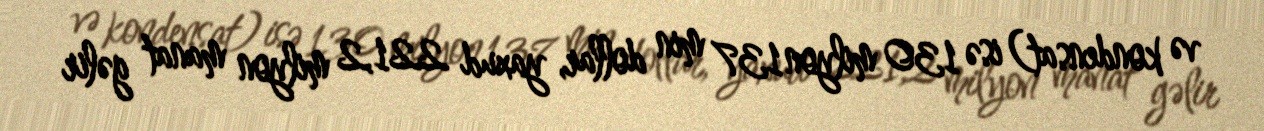
və kondensat) isə 130 milyon 137 min dollar, yaxud 221,2 milyon manat gəlir